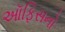
ઑફિસનો